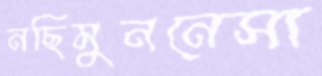
নছিমুননেসা